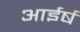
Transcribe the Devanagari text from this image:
आईर्ष